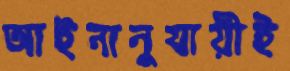
আইনানুযায়ীই